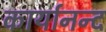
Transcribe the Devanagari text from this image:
कार्यानन्द